Report on the lunatic asylums in Bengal - 1862-
Year: 1862
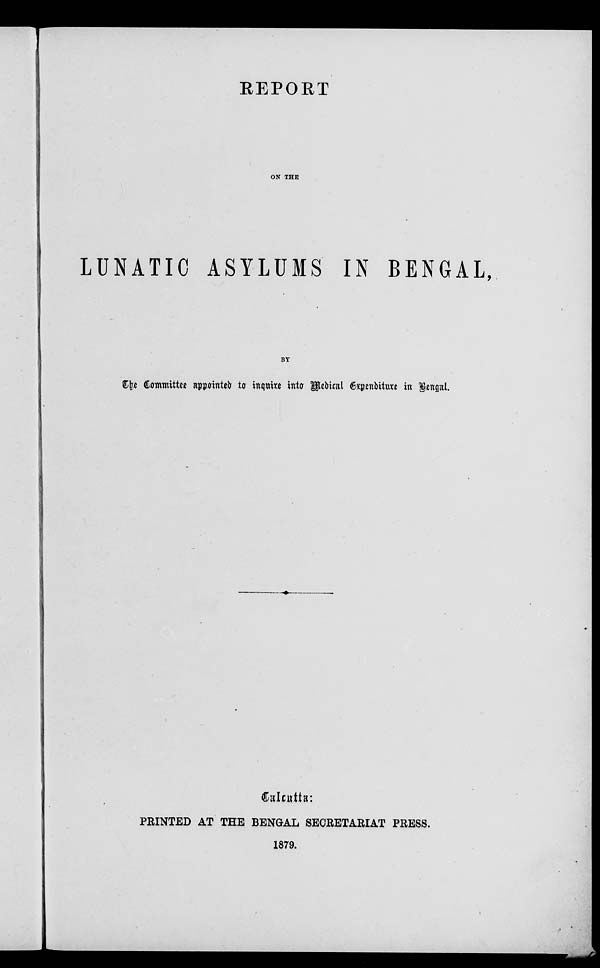
REPORT
ON THE
LUNATIC ASYLUMS IN BENGAL,
BY
The Committee appointed to inquire into Medical Expenditure in Bengal.
Calcutta:
PRINTED AT THE BENGAL SECRETARIAT PRESS.
1879.